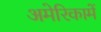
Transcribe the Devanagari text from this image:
अमेरिकामें